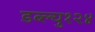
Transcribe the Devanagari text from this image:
डब्ल्यु१२४